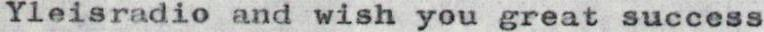
Yleisradio and wish you great succcss